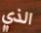
الذي